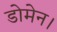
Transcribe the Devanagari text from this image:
डोमेन।